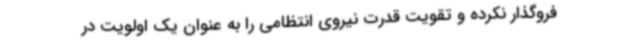
فروگذار نکرده و تقویت قدرت نیروی انتظامی را به عنوان یک اولویت در